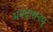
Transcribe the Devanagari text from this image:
भवदासनम्